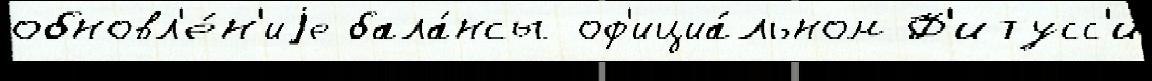
обновл'е́н'иjе бала́нсы оф'ициа́льном Ф'итусс'и